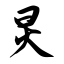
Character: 炅